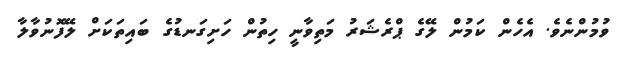
ވުމުންނެވެ. އެހެން ކަމުން ލޭގެ ޕްރެޝަރު މަތިވާނީ ހިތުން ހަށިގަނޑުގެ ބައިތަކަށް ލޭފޮނުވާލާ